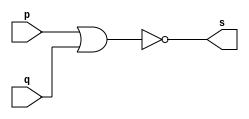
// ------------------------- 
// Exercicio02 - NOR 
// Nome: Jorge Luis dos Santos Leal 
// ------------------------- 
// ------------------------- 
// -- nor gate 
// ------------------------- 
module norgate ( output[3:0]s, input[3:0]p, input[3:0]q); 
assign s = ( ~(p|q) )  ; 
endmodule // nor 
// --------------------- 
// -- test nor gate 
// --------------------- 
module testnorgate; 
// ------------------------- dados locais 
reg[0:3]a,b; // definir registradores 
wire[0:3]s; // definir conexao (fio) 
// ------------------------- instancia 
norgate NOR1 (s, a, b); 
// ------------------------- preparacao 
initial begin:start 
a=0; b=0; 
end 
// ------------------------- parte principal 
initial begin 
$display("Exercicio02 - Jorge Luis dos Santos Leal - 417466"); 
$display("Test NOR gate"); 
$display("\na & b = s\n"); 
a=0; b=2; 
$monitor("%b ^ %b = %b", a, b, s);
#1 a=0; b=3; // valores decimais 
#1 a=4'b0110; b=4'b0100; // valores binarios 
#1 a=4'd3; b=5; // decimal e decimal 
#1 a=4'o2; b=4; // octal e decimal 
#1 a=4'h7; b=4'o2; // hexadecimal e octal
end 
endmodule // testnandgate